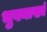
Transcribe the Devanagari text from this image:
भुवनाख्यं